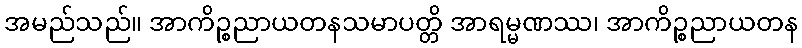
အမည်သည်။ အာကိဉ္စညာယတနသမာပတ္တိ အာရမ္မဏဿ၊ အာကိဉ္စညာယတန